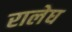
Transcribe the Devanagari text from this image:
रालेघ